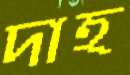
দাহ